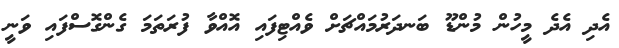
އެދި އެދެ މީހުން މުންޑޫ ބަނދަރުމައްޗަށް ވެއްޓިފައި އޮއްވާ ފުރަތަމަ ގެންގޮސްފައި ވަނީ